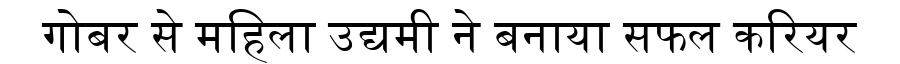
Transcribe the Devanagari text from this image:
गोबर से महिला उद्यमी ने बनाया सफल करियर